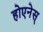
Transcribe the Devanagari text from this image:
होएनेस्